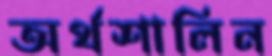
অর্থশালিন